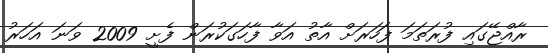
ރާއްޖޭގައި ފުރަތަމަ ފަހަރަށް އާތު އަވާ ފާހަގަކުރަން ފެށީ 2009 ވަނަ އަހަރު